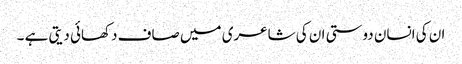
ان کی انسان دوستی ان کی شاعری میں صاف دکھائی دیتی ہے ۔